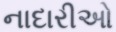
નાદારીઓ